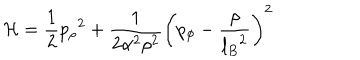
{ \cal H } = { \frac { 1 } { 2 } } { p _ { \rho } } ^ { 2 } + { \frac { 1 } { 2 \alpha ^ { 2 } \rho ^ { 2 } } } \left( { p _ { \phi } } - { \frac { \rho } { { l _ { B } } ^ { 2 } } } \right) ^ { 2 }